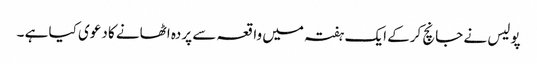
پولیس نے جانچ کرکے ایک ہفتہ میں واقعہ سے پردہ اٹھانے کا دعوی کیا ہے ۔